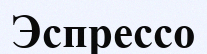
Эспрессо